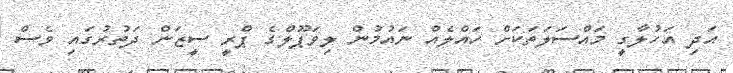
އަދި އަހުލާގީ މައްސަލަތަކަށް ހައްލެއް ނައުމުން ލިވަޕޫލްގެ ޕްރީ ސީޒަން ދަތުރުގައި ވެސް